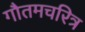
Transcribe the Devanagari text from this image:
गौतमचरित्र